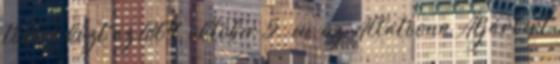
többek közt az 1864. október 5.-én, az Allatoona Átjáróért